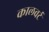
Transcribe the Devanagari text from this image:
कालवर्ट